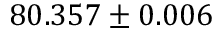
8 0 . 3 5 7 \pm 0 . 0 0 6